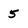
Character: 5